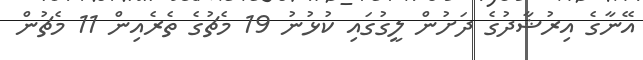
އޭނާގެ އިރުޝާދުގެ ދަށުން ލީގުގައި ކުޅުނު 19 މެޗުގެ ތެރެއިން 11 މެޗުން